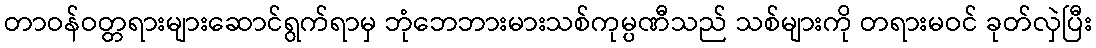
တာဝန်ဝတ္တရားများဆောင်ရွက်ရာမှ ဘုံဘေဘားမားသစ်ကုမ္ပဏီသည် သစ်များကို တရားမဝင် ခုတ်လှဲပြီး